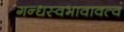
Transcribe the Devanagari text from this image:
गन्धस्वभावावत्वं